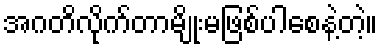
အဂတိလိုက်တာမျိုးမဖြစ်ပါစေနဲ့တဲ့။